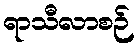
ရာသီလာစဉ်